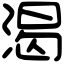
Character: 渴